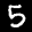
Label: 5